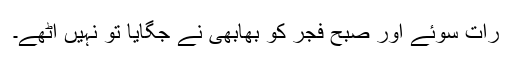
رات سوئے اور صبح فجر کو بھابھی نے جگایا تو نہیں اٹھے۔